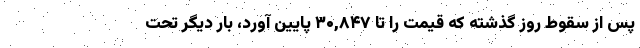
پس از سقوط روز گذشته که قیمت را تا ۳۰,۸۴۷ پایین آورد، بار دیگر تحت